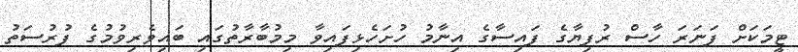
ޓީމަކަށް ފަނަރަ ހާސް ރުފިޔާގެ ފައިސާގެ އިނާމު ހުށަހެޅިފައިވާ މިމުބާރާތުގައި ބައިވެރިވުމުގެ ފުރުސަތު